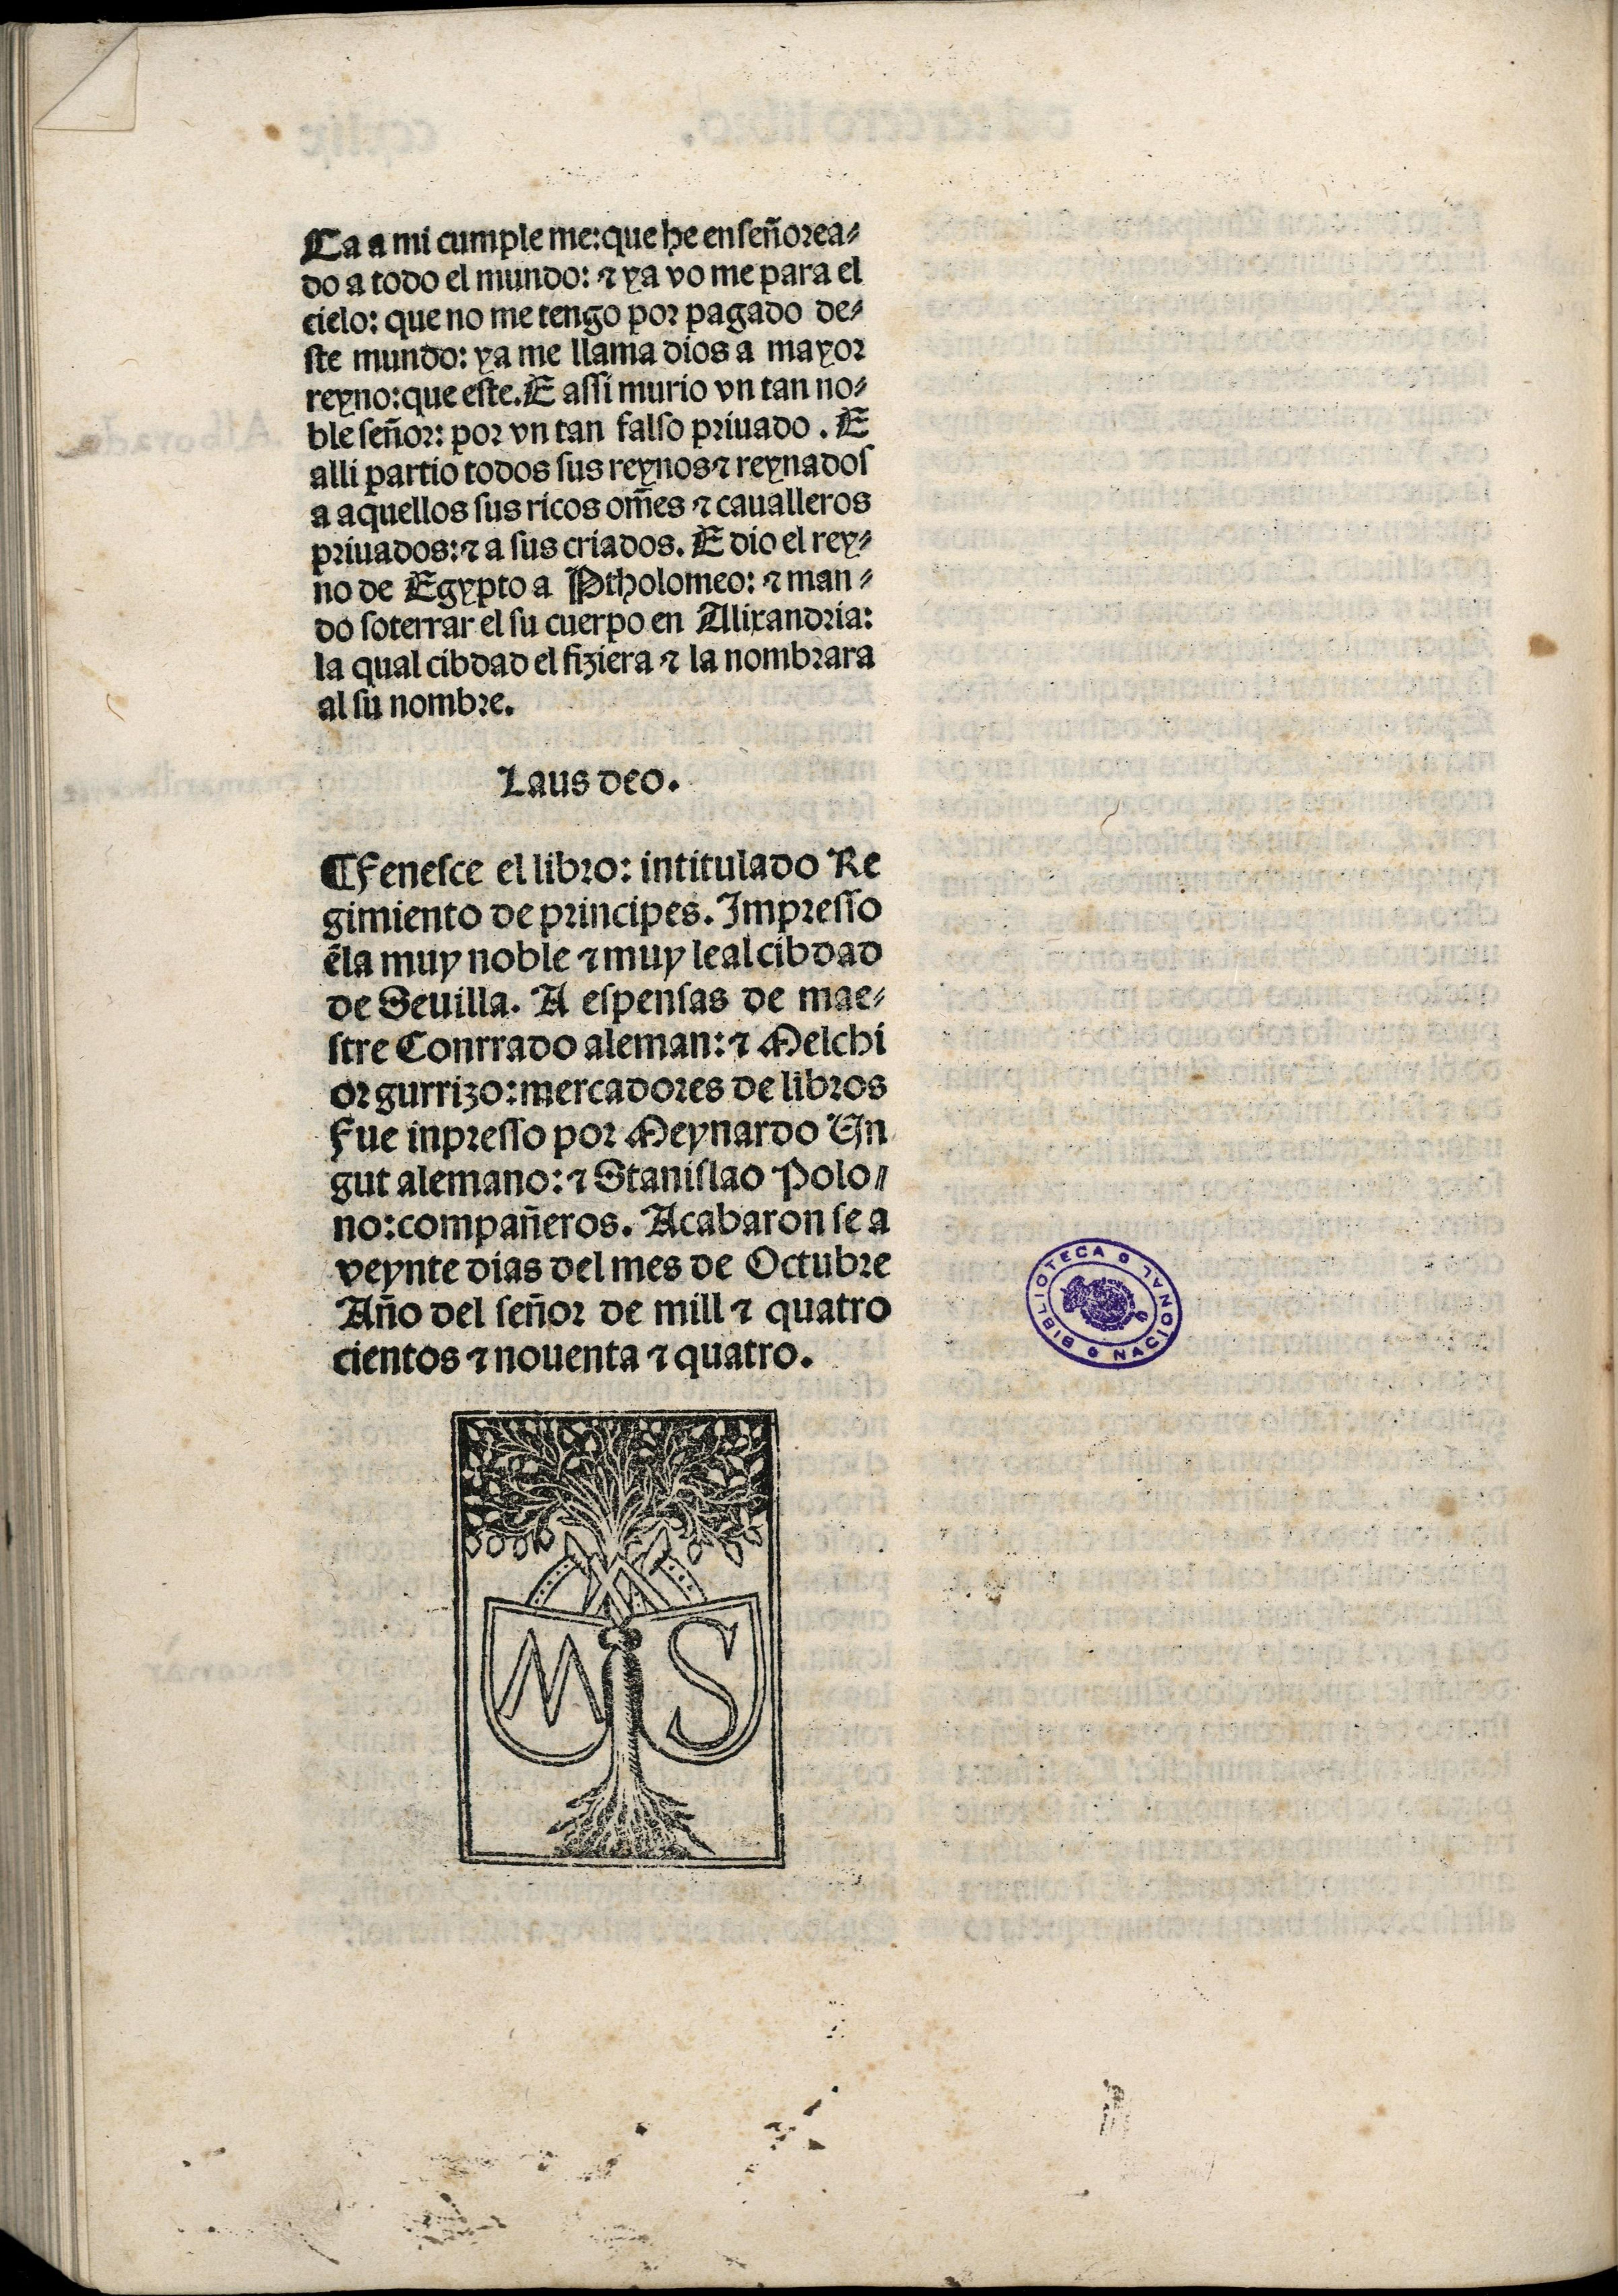
Shelfmark: Madrid, BNE, Inc. 901
Century: 15